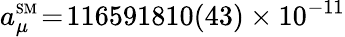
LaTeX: a_{\mu}^{\scriptscriptstyle\mathrm{SM}}\! =\! 116591810(43)\times 10^{-11}